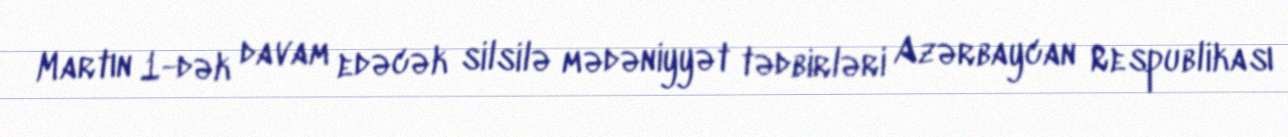
Martın 1-dək davam edəcək silsilə mədəniyyət tədbirləri Azərbaycan Respublikası